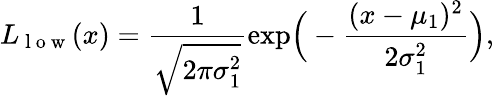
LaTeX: L_{\mathrm{~l~o~w~}}(x)=\frac{1}{\sqrt{2\pi\sigma_{1}^{2}}}\textrm{exp}\Big(-\frac{(x-\mu_{1})^{2}}{2\sigma_{1}^{2}}\Big),